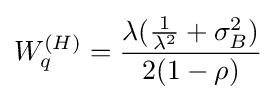
W_{q}^{(H)}={\frac {\lambda ({\frac {1}{\lambda ^{2}}}+\sigma _{B}^{2})}{2(1-\rho )}}